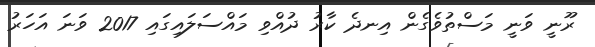
ރޫނީ ވަނީ މަސްތުވެގެން އިނދެ ކާރު ދުއްވި މައްސަލައިގައި 2017 ވަނަ އަހަރު